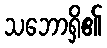
သဘောရှိ၏